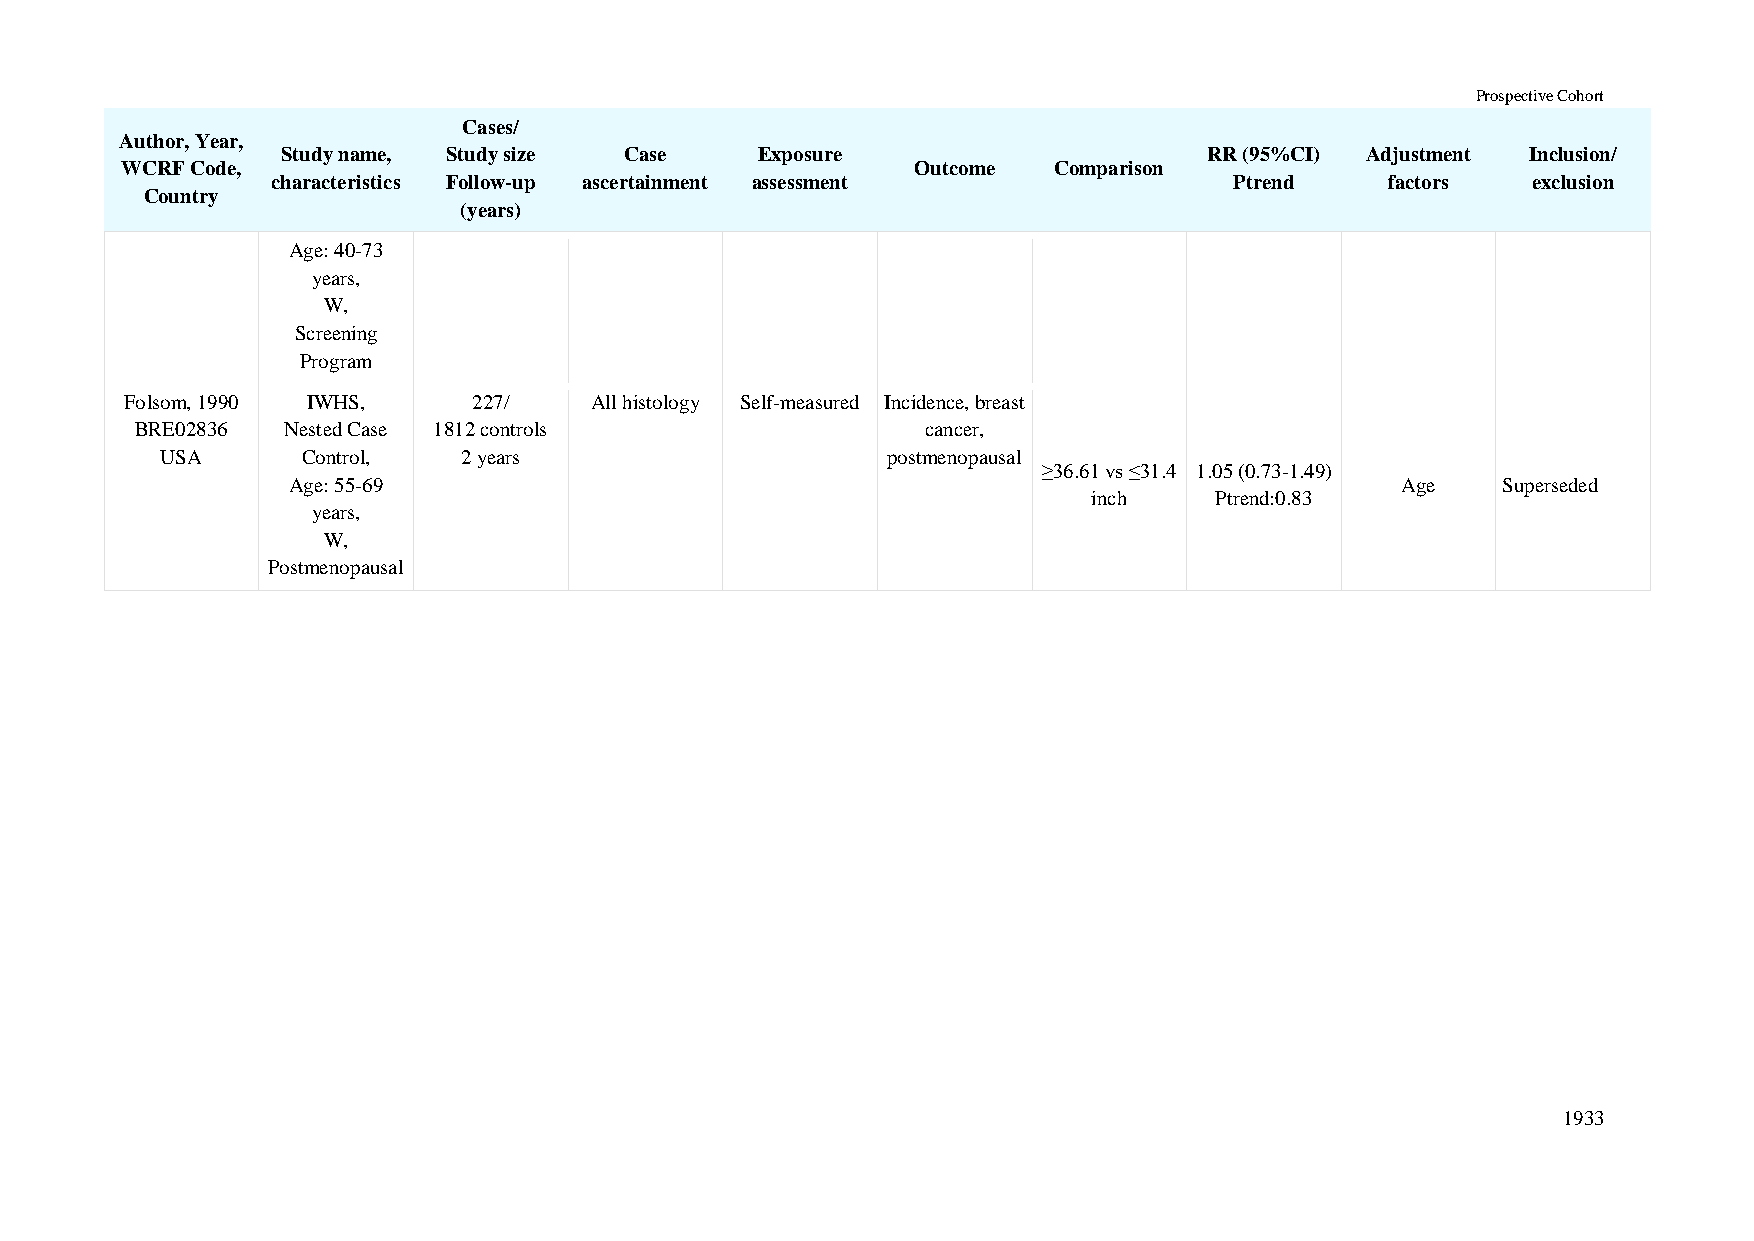
Prospective Cohort
 Cases/
 Author, Year,
 Study name, Study size Case    Exposure                      RR (95%CI) Adjustment Inclusion/
 WCRF Code,                                           Outcome  Comparison
 characteristics Follow-up ascertainment assessment              Ptrend    factors  exclusion
 Country
 (years)
 Age: 40-73
 years,
 W,
 Screening
 Program
 Folsom, 1990 IWHS,     227/    All histology Self-measured Incidence, breast
 BRE02836  Nested Case 1812 controls                 cancer,
 USA      Control,   2 years                     postmenopausal
 ≥36.61 vs ≤31.4 1.05 (0.73-1.49)
 Age: 55-69                                                                Age   Superseded
 inch    Ptrend:0.83
 years,
 W,
 Postmenopausal
 1933